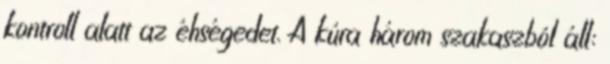
kontroll alatt az éhségedet. A kúra három szakaszból áll: